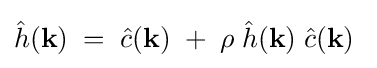
{\hat {h}}(\mathbf {k} )\;=\;{\hat {c}}(\mathbf {k} )\;+\;\rho \;{\hat {h}}(\mathbf {k} )\;{\hat {c}}(\mathbf {k} )~